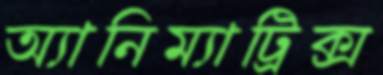
অ্যানিম্যাট্রিক্স